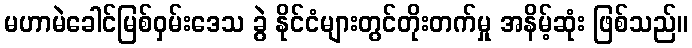
မဟာမဲခေါင်မြစ်ဝှမ်းဒေသ ခွဲ နိုင်ငံများတွင်တိုးတက်မှု အနိမ့်ဆုံး ဖြစ်သည်။